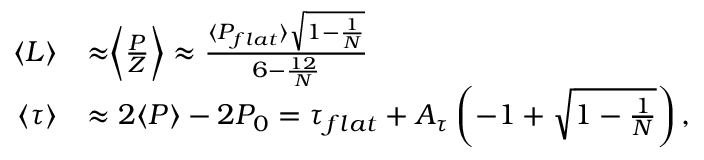
\begin{array} { r l } { \langle L \rangle } & { \approx \biggr \langle \frac { P } { Z } \biggr \rangle \approx \frac { \langle P _ { f l a t } \rangle \sqrt { 1 - \frac { 1 } { N } } } { 6 - \frac { 1 2 } { N } } } \\ { \langle \tau \rangle } & { \approx 2 \langle P \rangle - 2 P _ { 0 } = \tau _ { f l a t } + A _ { \tau } \left( - 1 + \sqrt { 1 - \frac { 1 } { N } } \right) , } \end{array}